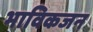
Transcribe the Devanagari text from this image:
भाविकजन